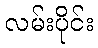
လမ်းပိုင်း